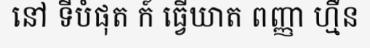
នៅ ទីបំផុត ក៍ ធ្វើឃាត ពញ្ញា ហ្មឺន